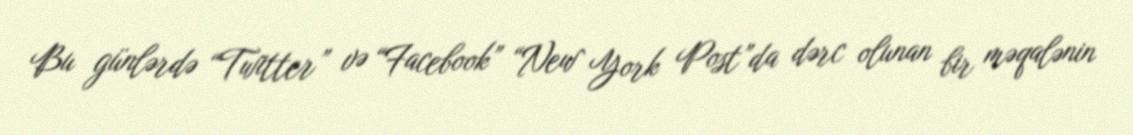
Bu günlərdə “Twitter” və “Facebook” “New York Post”da dərc olunan bir məqalənin